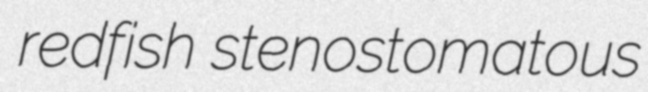
redfish stenostomatous